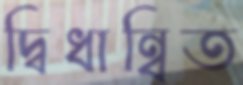
দ্বিধান্বিত